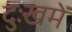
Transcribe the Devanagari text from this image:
दुःखमें